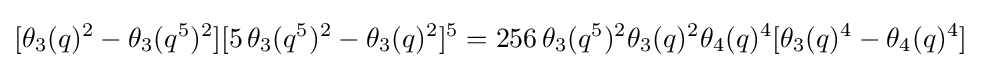
[\theta _{3}(q)^{2}-\theta _{3}(q^{5})^{2}][5\,\theta _{3}(q^{5})^{2}-\theta _{3}(q)^{2}]^{5}=256\,\theta _{3}(q^{5})^{2}\theta _{3}(q)^{2}\theta _{4}(q)^{4}[\theta _{3}(q)^{4}-\theta _{4}(q)^{4}]